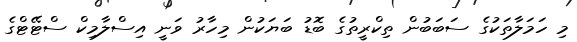
މި ހަމަލާތަކުގެ ސަބަބުން ތިކްރީތުގެ ބޮޑު ބަޔަކުން މިހާރު ވަނީ އިސްލާމިކް ސްޓޭޓްގެ